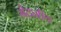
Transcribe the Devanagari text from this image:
मेदनीय